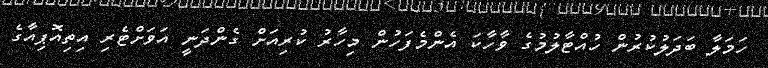
ހަމަލާ ބަދަލުކުރުން ހުއްޓާލުމުގެ ވާހާކަ އެންމެފަހުން މިހާރު ކުރިއަށް ގެންދަނީ އަވަށްޓެރި އިތިއޮޕިއާގެ